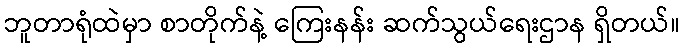
ဘူတာရုံထဲမှာ စာတိုက်နဲ့ ကြေးနန်း ဆက်သွယ်ရေးဌာန ရှိတယ်။